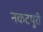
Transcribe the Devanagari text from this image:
नकटपुरी